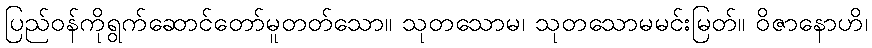
ပြည်ဝန်ကိုရွက်ဆောင်တော်မူတတ်သော။ သုတသောမ၊ သုတသောမမင်းမြတ်။ ဝိဇာနောဟိ၊